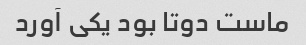
ماست دوتا بود یکی آورد